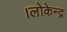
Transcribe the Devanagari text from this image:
।लोकेन्द्र